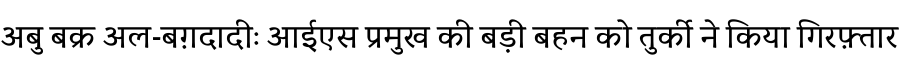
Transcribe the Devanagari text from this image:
अबु बक्र अल-बग़दादीः आईएस प्रमुख की बड़ी बहन को तुर्की ने किया गिरफ़्तार